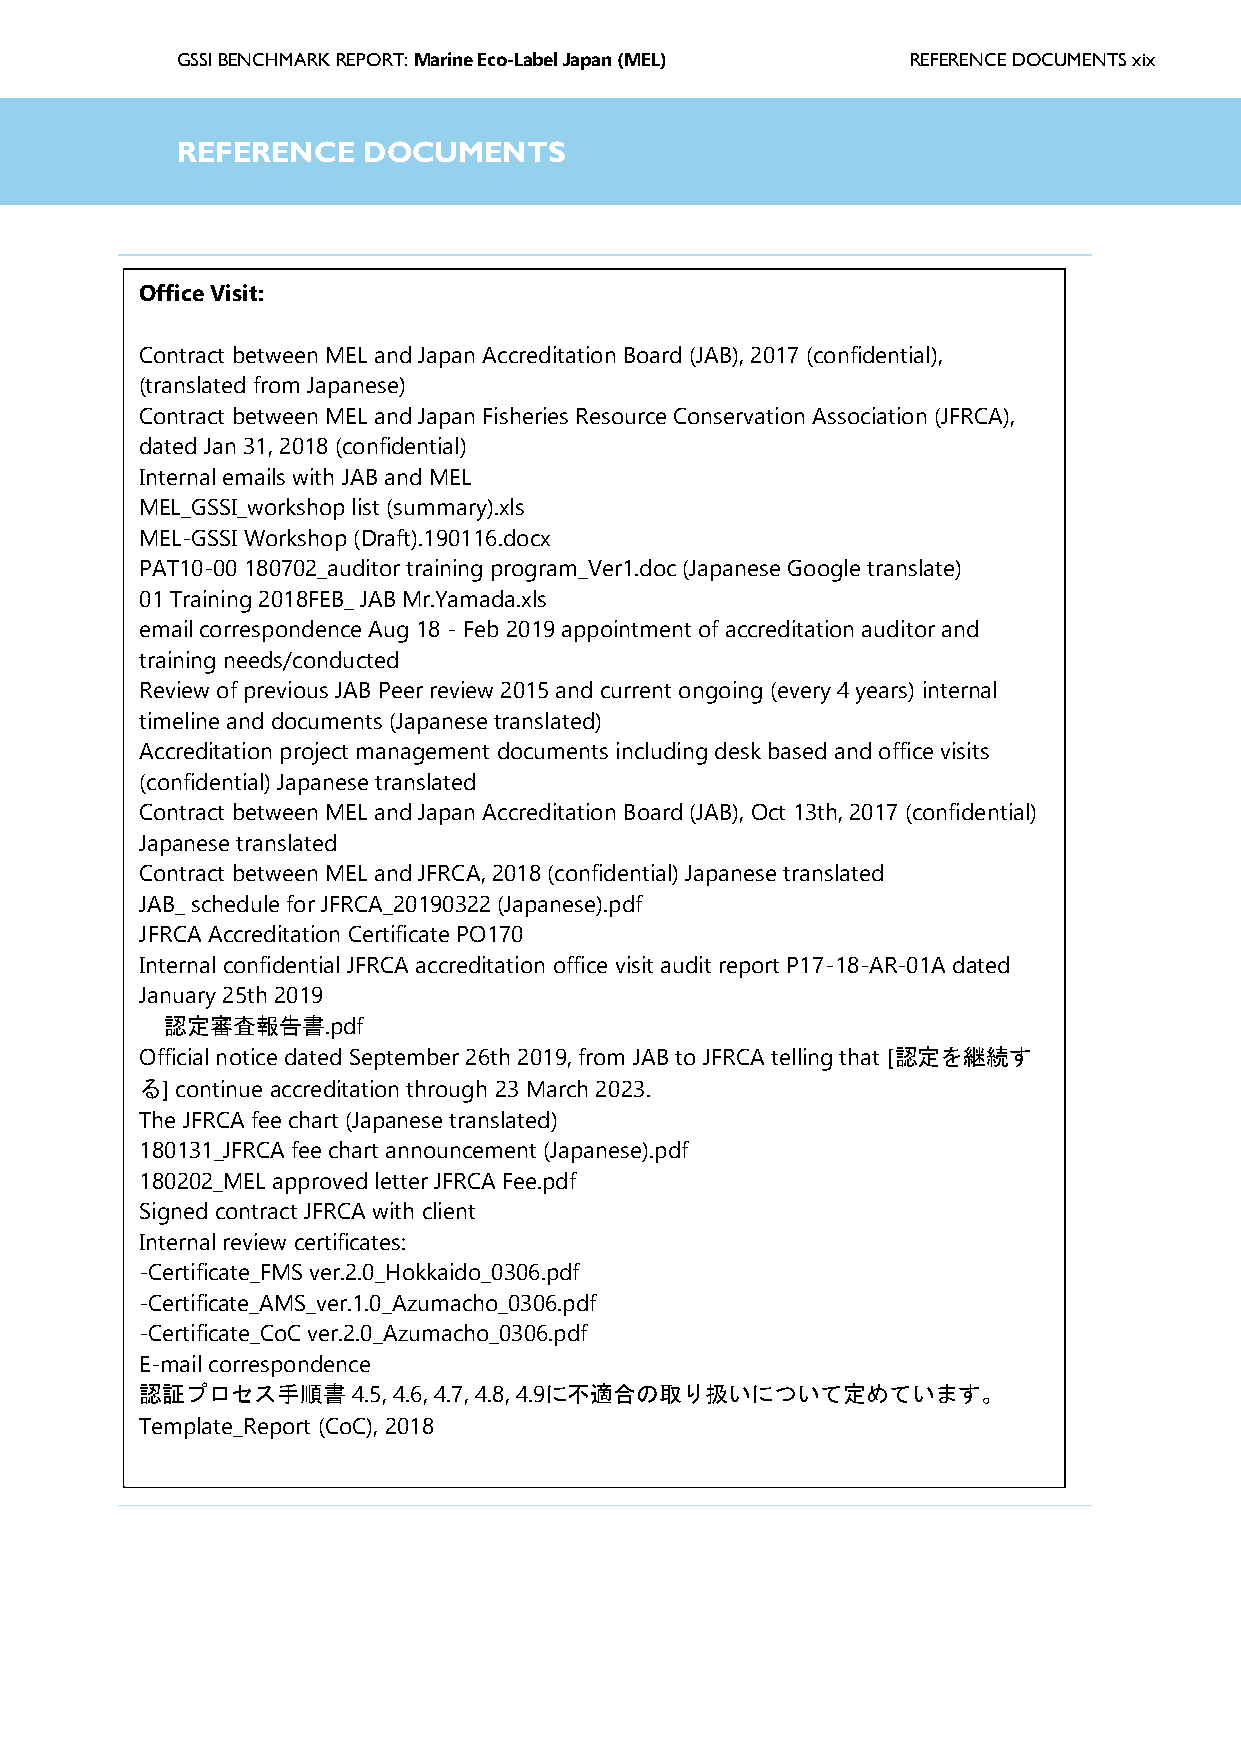
GSSI BENCHMARK REPORT: Marine Eco-Label Japan (MEL) REFERENCE DOCUMENTS xix
 GSSIR  EGFlEoRsEsNaCrEy DOCUMENTS
 Office Visit:
 Contract between MEL and Japan Accreditation Board (JAB), 2017 (confidential),
 (translated from Japanese)
 Contract between MEL and Japan Fisheries Resource Conservation Association (JFRCA),
 dated Jan 31, 2018 (confidential)
 Internal emails with JAB and MEL
 MEL_GSSI_workshop list (summary).xls
 MEL-GSSI Workshop (Draft).190116.docx
 PAT10-00 180702_auditor training program_Ver1.doc (Japanese Google translate)
 01 Training 2018FEB_ JAB Mr.Yamada.xls
 email correspondence Aug 18 - Feb 2019 appointment of accreditation auditor and
 training needs/conducted
 Review of previous JAB Peer review 2015 and current ongoing (every 4 years) internal
 timeline and documents (Japanese translated)
 Accreditation project management documents including desk based and office visits
 (confidential) Japanese translated
 Contract between MEL and Japan Accreditation Board (JAB), Oct 13th, 2017 (confidential)
 Japanese translated
 Contract between MEL and JFRCA, 2018 (confidential) Japanese translated
 JAB_ schedule for JFRCA_20190322 (Japanese).pdf
 JFRCA Accreditation Certificate PO170
 Internal confidential JFRCA accreditation office visit audit report P17-18-AR-01A dated
 January 25th 2019
 認定審査報告書.pdf
 Official notice dated September 26th 2019, from JAB to JFRCA telling that [認定を継続す
 る] continue accreditation through 23 March 2023.
 The JFRCA fee chart (Japanese translated)
 180131_JFRCA fee chart announcement (Japanese).pdf
 180202_MEL approved letter JFRCA Fee.pdf
 Signed contract JFRCA with client
 Internal review certificates:
 -Certificate_FMS ver.2.0_Hokkaido_0306.pdf
 -Certificate_AMS_ver.1.0_Azumacho_0306.pdf
 -Certificate_CoC ver.2.0_Azumacho_0306.pdf
 E-mail correspondence
 認証プロセス手順書     4.5, 4.6, 4.7, 4.8, 4.9に不適合の取り扱いについて定めています。
 Template_Report (CoC), 2018